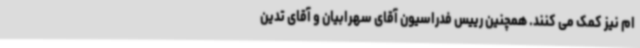
ام نیز کمک می کنند. همچنین رییس فدراسیون آقای سهرابیان و آقای تدین